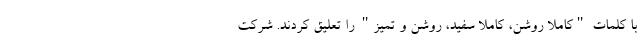
با کلمات "کاملا روشن، کاملا سفید، روشن و تمیز" را تعلیق کردند. شرکت